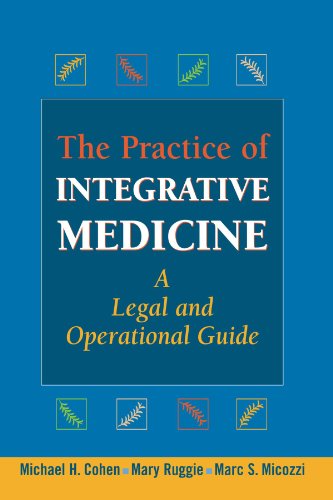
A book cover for The Practice of Integrative Medicine: A Legal and Operational Guide; Michael H. Cohen JD  MBA; Medical Books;